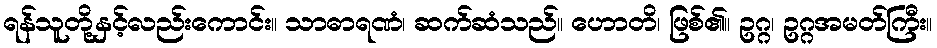
ရန်သူတို့နှင့်လည်းကောင်း။ သာဓာရဏံ၊ ဆက်ဆံသည်။ ဟောတိ၊ ဖြစ်၏။ ဥဂ္ဂ၊ ဥဂ္ဂအမတ်ကြီး။